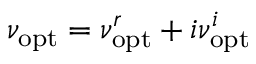
\nu _ { \mathrm { o p t } } = \nu _ { \mathrm { o p t } } ^ { r } + i \nu _ { \mathrm { o p t } } ^ { i }